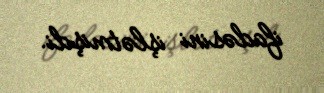
ifadəsini işlətmişdi.